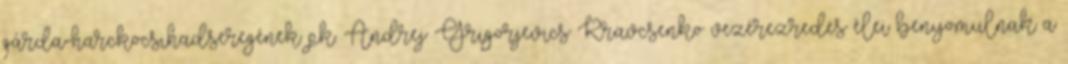
gárda-harckocsihadseregének pk. Andrej Grigorjevics Kravcsenko vezérezredes élei benyomulnak a